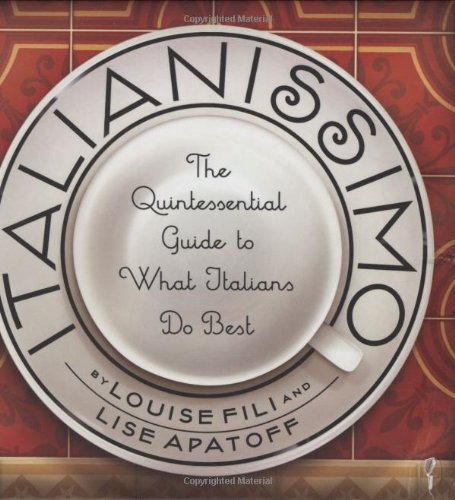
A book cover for Italianissimo: The Quintessential Guide to What Italians Do Best; Louise Fili; History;